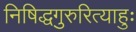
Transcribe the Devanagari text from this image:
निषिद्धगुरुरित्याहुः